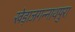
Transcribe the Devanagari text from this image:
खेड़ाजगन्नाथपुरा